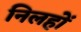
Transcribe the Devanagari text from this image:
निलहों